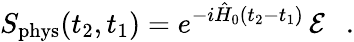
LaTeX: S_{\mathrm{phys}}(t_{2},t_{1})=e^{-i\hat{H}_{0}(t_{2}-t_{1})}\, {\cal E}\ \ \ .